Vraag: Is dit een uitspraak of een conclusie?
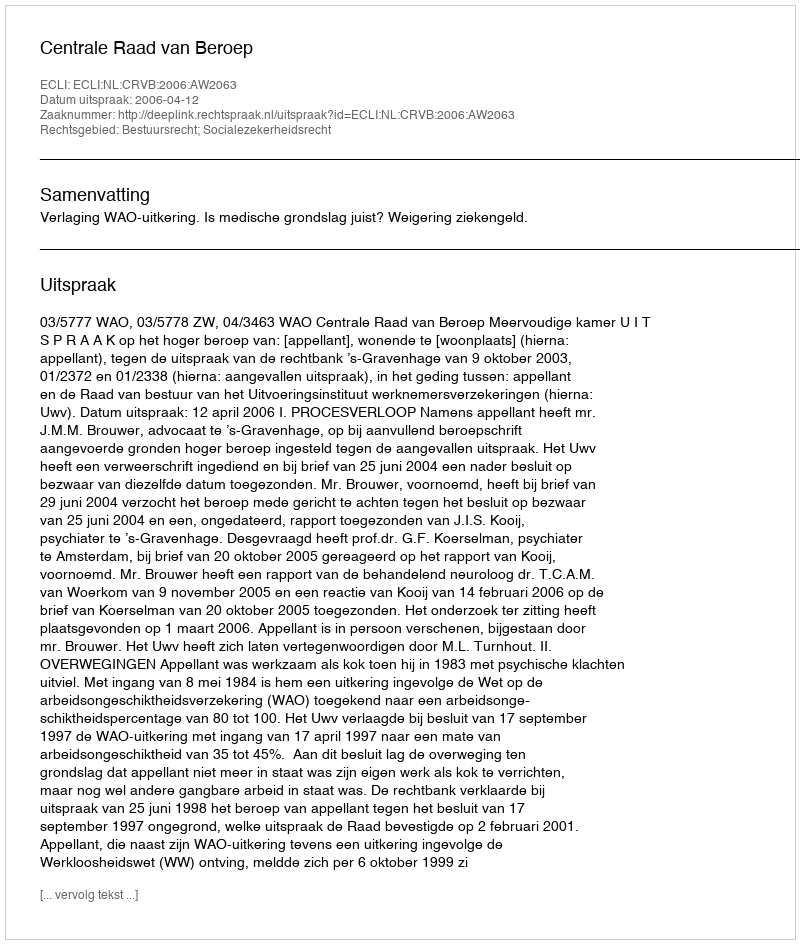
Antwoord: Uitspraak